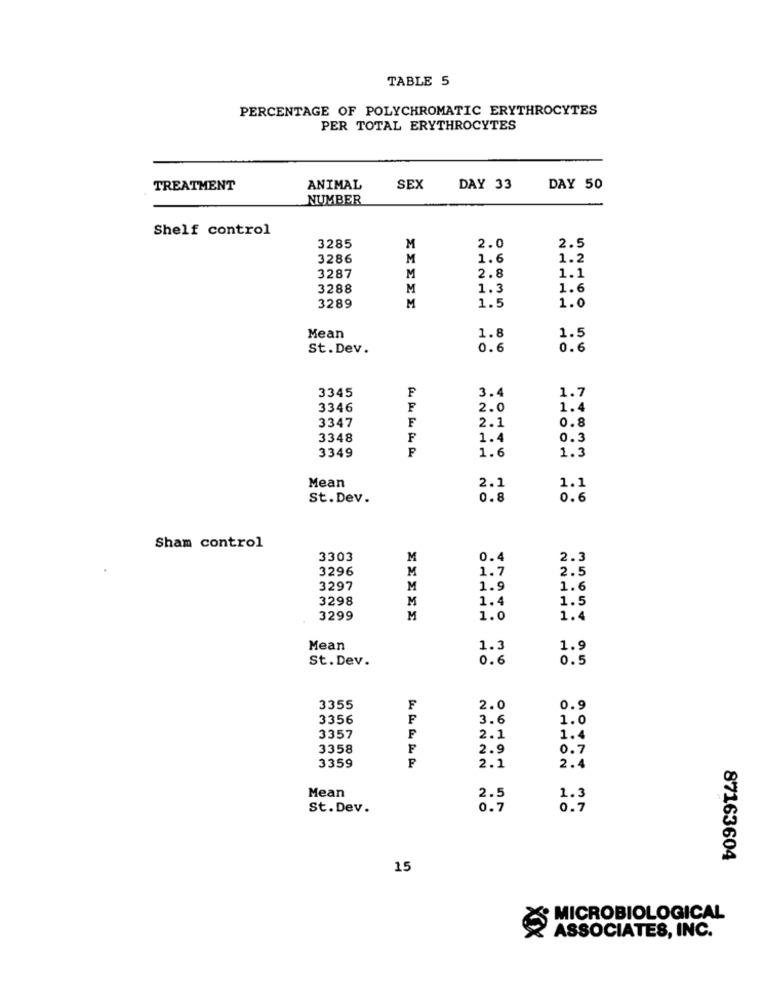
TABLE 5
PERCENTAGE OF POLYCHROMATIC ERYTHROCYTES
PER TOTAL ERYTHROCYTES
TREATMENT
ANIMAL
SEX
DAY 33
DAY 50
NUMBER
Shelf control
3285
M
2.0
2.5
3286
M
1.6
1.2
3287
M
2.8
1.1
3288
M
1.3
1.6
3289
M
1.5
1.0
1.8
Mean
1.5
St.Dev.
0.6
0.6
3.4
3345
F
1.7
3346
F
2.0
1.4
3347
2.1
0.8
F
3348
F
1.4
0.3
3349
1.3
1.6
2.1
Mean
1.1
St. Dev.
0.8
0.6
Sham control
3303
M
0.4
2.3
3296
1.7
2.5
M
3297
M
1.9
1.6
3298
1.4
1.5
M
3299
M
1.0
1.4
Mean
1.3
1.9
St. Dev.
0.6
0.5
3355
F
2.0
0.9
3356
F
3.6
1.0
3357
F
2.1
1.4
3358
F
2.9
0.7
3359
2.1
2.4
Mean
2.5
1.3
St.Dev.
0.7
0.7
87163604
15
MICROBIOLOGICAL
ASSOCIATES, INC.